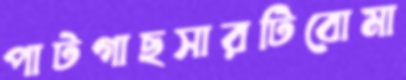
পাটগাছসারটিবোমা